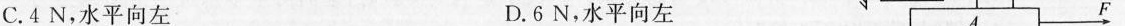
C.4N，水平向左 D.6N，水平向左 F